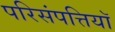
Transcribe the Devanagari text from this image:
परिसंपत्तियॉ